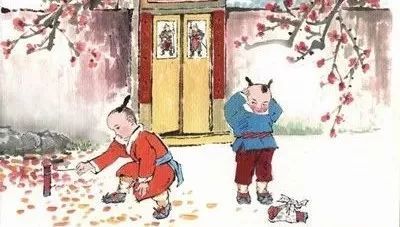
爆竹声中一岁除，春风送暖入屠苏。